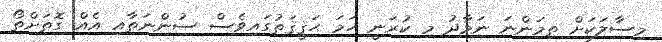
މިސާލަކަށް ތިމަންނަ ނަމާދު މި ކުރަނީ ހަމަ ޙަޤީޤަތުގައިވެސް ސުންނަތާއި އެއް ގޮތަށްތޯ